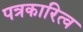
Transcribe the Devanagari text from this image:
पत्रकारित्व